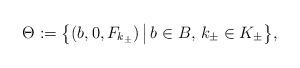
LaTeX: \begin{align*} \Theta :=\big\{(b,0,F_{k_\pm}) \, \big| \, b \in B,\,k_{\pm}\in K_{\pm}\big\}, \end{align*}